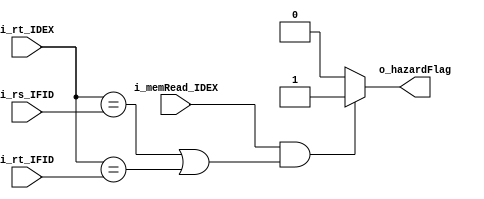
`timescale 1ns / 1ps
//////////////////////////////////////////////////////////////////////////////////
// Company: 
// Engineer: 
// 
// Design Name: 
// Module Name: HAZARD_DETECTION
// Project Name: 
// Target Devices: 
// Tool Versions: 
// Description: 
// 
// Dependencies: 
// 
// Revision:
// Revision 0.01 - File Created
// Additional Comments:
// 
//////////////////////////////////////////////////////////////////////////////////



module HAZARD_DETECTION #(
	parameter len = 32,
	parameter NB = $clog2(len)
	)(
	input i_memRead_IDEX,
	input [NB-1:0] i_rt_IDEX,
	input [NB-1:0] i_rs_IFID,
	input [NB-1:0] i_rt_IFID,

	output o_hazardFlag
    );


	assign o_hazardFlag = ( i_memRead_IDEX == 1 & ( (i_rt_IDEX == i_rs_IFID) | (i_rt_IDEX == i_rt_IFID) ) ) ?
								1 : 0;
endmodule